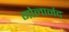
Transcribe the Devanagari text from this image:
गोलानंद